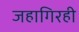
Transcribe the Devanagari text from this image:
जहागिरही